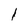
Character: 1